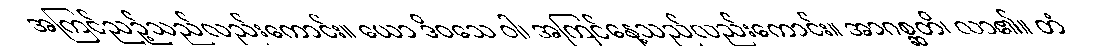
အကြင်ညဉ့်သည်လည်းကောင်း။ ယော ဒိဝသေ ဝါ၊ အကြင်နေ့သည်လည်းကောင်း။ အာဂစ္ဆတိ၊ လာ၏။ တံ